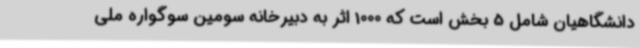
دانشگاهیان شامل 5 بخش است که 1000 اثر به دبیرخانه سومین سوگواره ملی